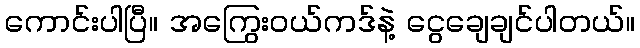
ကောင်းပါပြီ။ အကြွေးဝယ်ကဒ်နဲ့ ငွေချေချင်ပါတယ်။